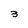
Character: 3